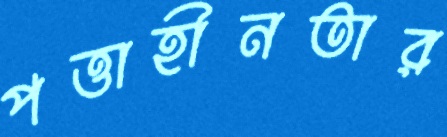
পত্তাহীনতার